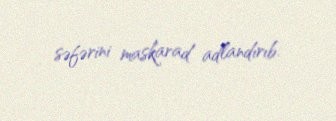
səfərini maskarad adlandırıb.